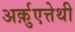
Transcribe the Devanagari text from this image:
अर्क़ुएत्तेथी